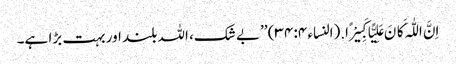
اِنَّ اللّٰہَ کَانَ عَلِیًّا کَبِیْرًا.(النساء ۴: ۳۴) ’’بے شک، اللہ بلند اور بہت بڑا ہے۔